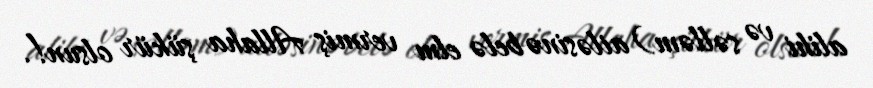
alihi və səlləm) ailəsinə belə elm vermiş Allaha şükür olsun!.